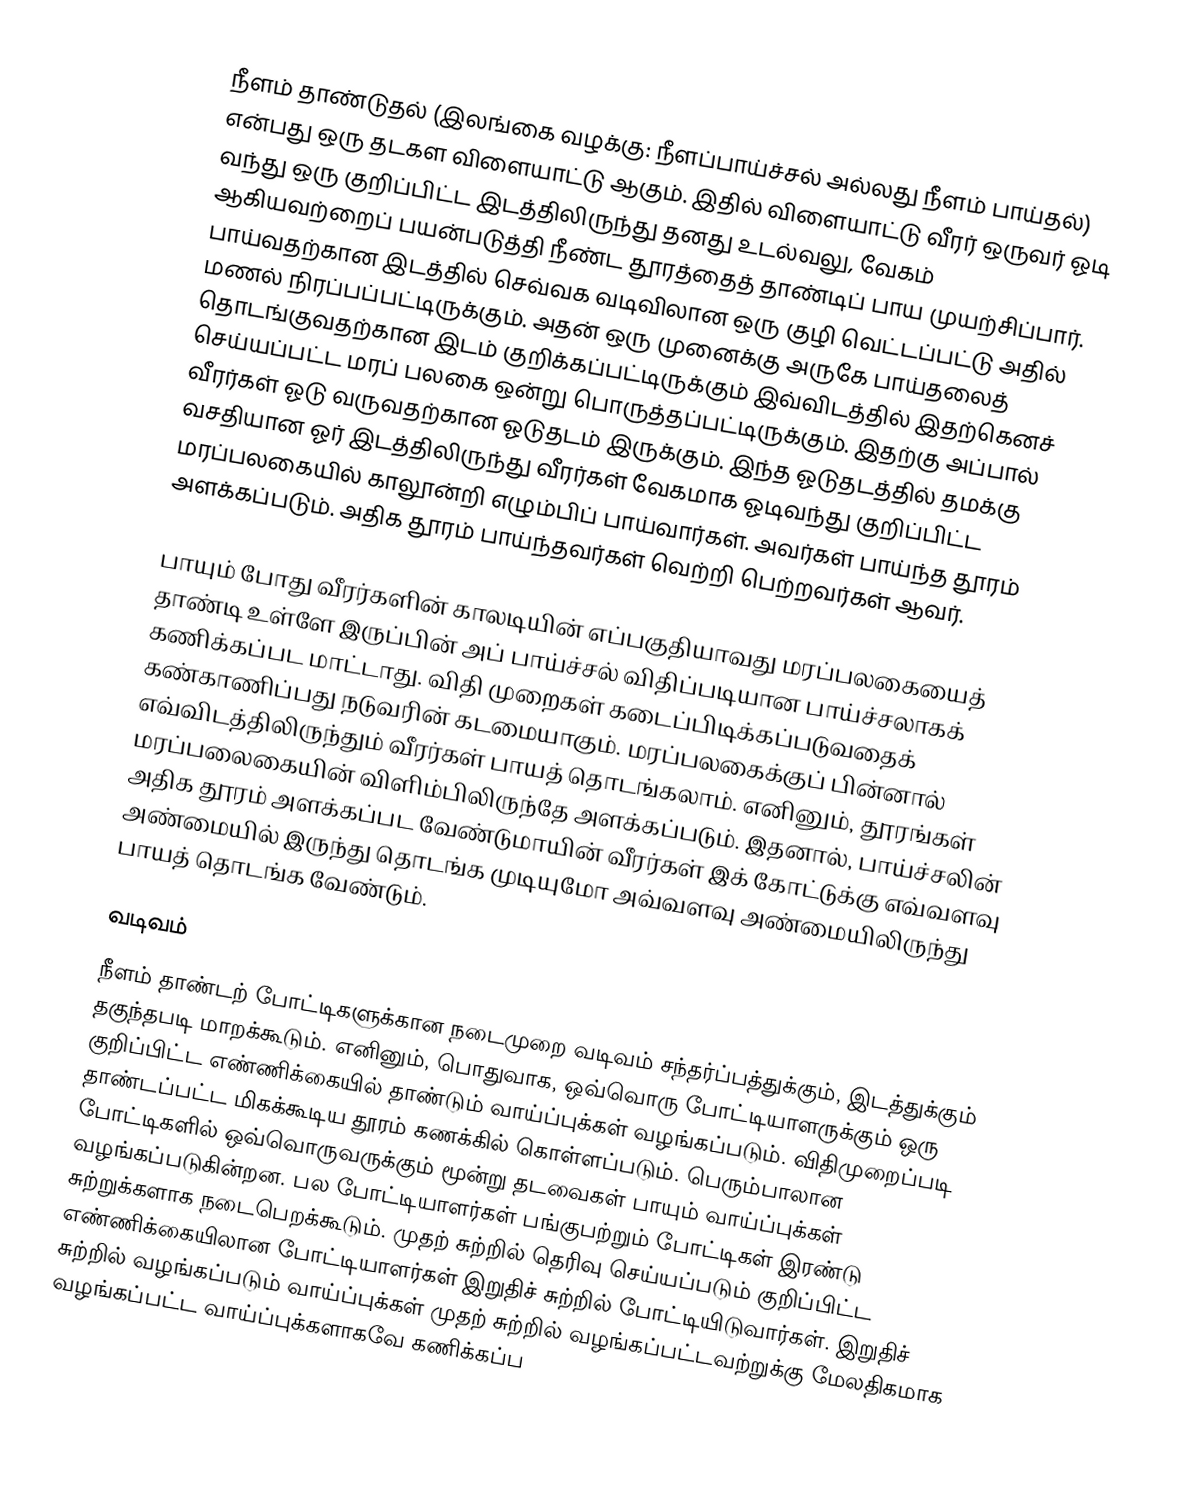
நீளம் தாண்டுதல் (இலங்கை வழக்கு: நீளப்பாய்ச்சல் அல்லது நீளம் பாய்தல்) என்பது ஒரு தடகள விளையாட்டு ஆகும். இதில் விளையாட்டு வீரர் ஒருவர் ஓடி வந்து ஒரு குறிப்பிட்ட இடத்திலிருந்து தனது உடல்வலு, வேகம் ஆகியவற்றைப் பயன்படுத்தி நீண்ட தூரத்தைத் தாண்டிப் பாய முயற்சிப்பார். பாய்வதற்கான இடத்தில் செவ்வக வடிவிலான ஒரு குழி வெட்டப்பட்டு அதில் மணல் நிரப்பப்பட்டிருக்கும். அதன் ஒரு முனைக்கு அருகே பாய்தலைத் தொடங்குவதற்கான இடம் குறிக்கப்பட்டிருக்கும் இவ்விடத்தில் இதற்கெனச் செய்யப்பட்ட மரப் பலகை ஒன்று பொருத்தப்பட்டிருக்கும். இதற்கு அப்பால் வீரர்கள் ஓடு வருவதற்கான ஓடுதடம் இருக்கும். இந்த ஓடுதடத்தில் தமக்கு வசதியான ஓர் இடத்திலிருந்து வீரர்கள் வேகமாக ஓடிவந்து குறிப்பிட்ட மரப்பலகையில் காலூன்றி எழும்பிப் பாய்வார்கள். அவர்கள் பாய்ந்த தூரம் அளக்கப்படும். அதிக தூரம் பாய்ந்தவர்கள் வெற்றி பெற்றவர்கள் ஆவர்.

பாயும் போது வீரர்களின் காலடியின் எப்பகுதியாவது மரப்பலகையைத் தாண்டி உள்ளே இருப்பின் அப் பாய்ச்சல் விதிப்படியான பாய்ச்சலாகக் கணிக்கப்பட மாட்டாது. விதி முறைகள் கடைப்பிடிக்கப்படுவதைக் கண்காணிப்பது நடுவரின் கடமையாகும். மரப்பலகைக்குப் பின்னால் எவ்விடத்திலிருந்தும் வீரர்கள் பாயத் தொடங்கலாம். எனினும், தூரங்கள் மரப்பலைகையின் விளிம்பிலிருந்தே அளக்கப்படும். இதனால், பாய்ச்சலின் அதிக தூரம் அளக்கப்பட வேண்டுமாயின் வீரர்கள் இக் கோட்டுக்கு எவ்வளவு அண்மையில் இருந்து தொடங்க முடியுமோ அவ்வளவு அண்மையிலிருந்து பாயத் தொடங்க வேண்டும்.

வடிவம்
நீளம் தாண்டற் போட்டிகளுக்கான நடைமுறை வடிவம் சந்தர்ப்பத்துக்கும், இடத்துக்கும் தகுந்தபடி மாறக்கூடும். எனினும், பொதுவாக, ஒவ்வொரு போட்டியாளருக்கும் ஒரு குறிப்பிட்ட எண்ணிக்கையில் தாண்டும் வாய்ப்புக்கள் வழங்கப்படும். விதிமுறைப்படி தாண்டப்பட்ட மிகக்கூடிய தூரம் கணக்கில் கொள்ளப்படும். பெரும்பாலான போட்டிகளில் ஒவ்வொருவருக்கும் மூன்று தடவைகள் பாயும் வாய்ப்புக்கள் வழங்கப்படுகின்றன. பல போட்டியாளர்கள் பங்குபற்றும் போட்டிகள் இரண்டு சுற்றுக்களாக நடைபெறக்கூடும். முதற் சுற்றில் தெரிவு செய்யப்படும் குறிப்பிட்ட எண்ணிக்கையிலான போட்டியாளர்கள் இறுதிச் சுற்றில் போட்டியிடுவார்கள். இறுதிச் சுற்றில் வழங்கப்படும் வாய்ப்புக்கள் முதற் சுற்றில் வழங்கப்பட்டவற்றுக்கு மேலதிகமாக வழங்கப்பட்ட வாய்ப்புக்களாகவே கணிக்கப்ப